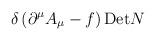
\begin{align*}\delta\left( \partial^{\mu}A_{\mu} - f\right){\rm Det}N\end{align*}